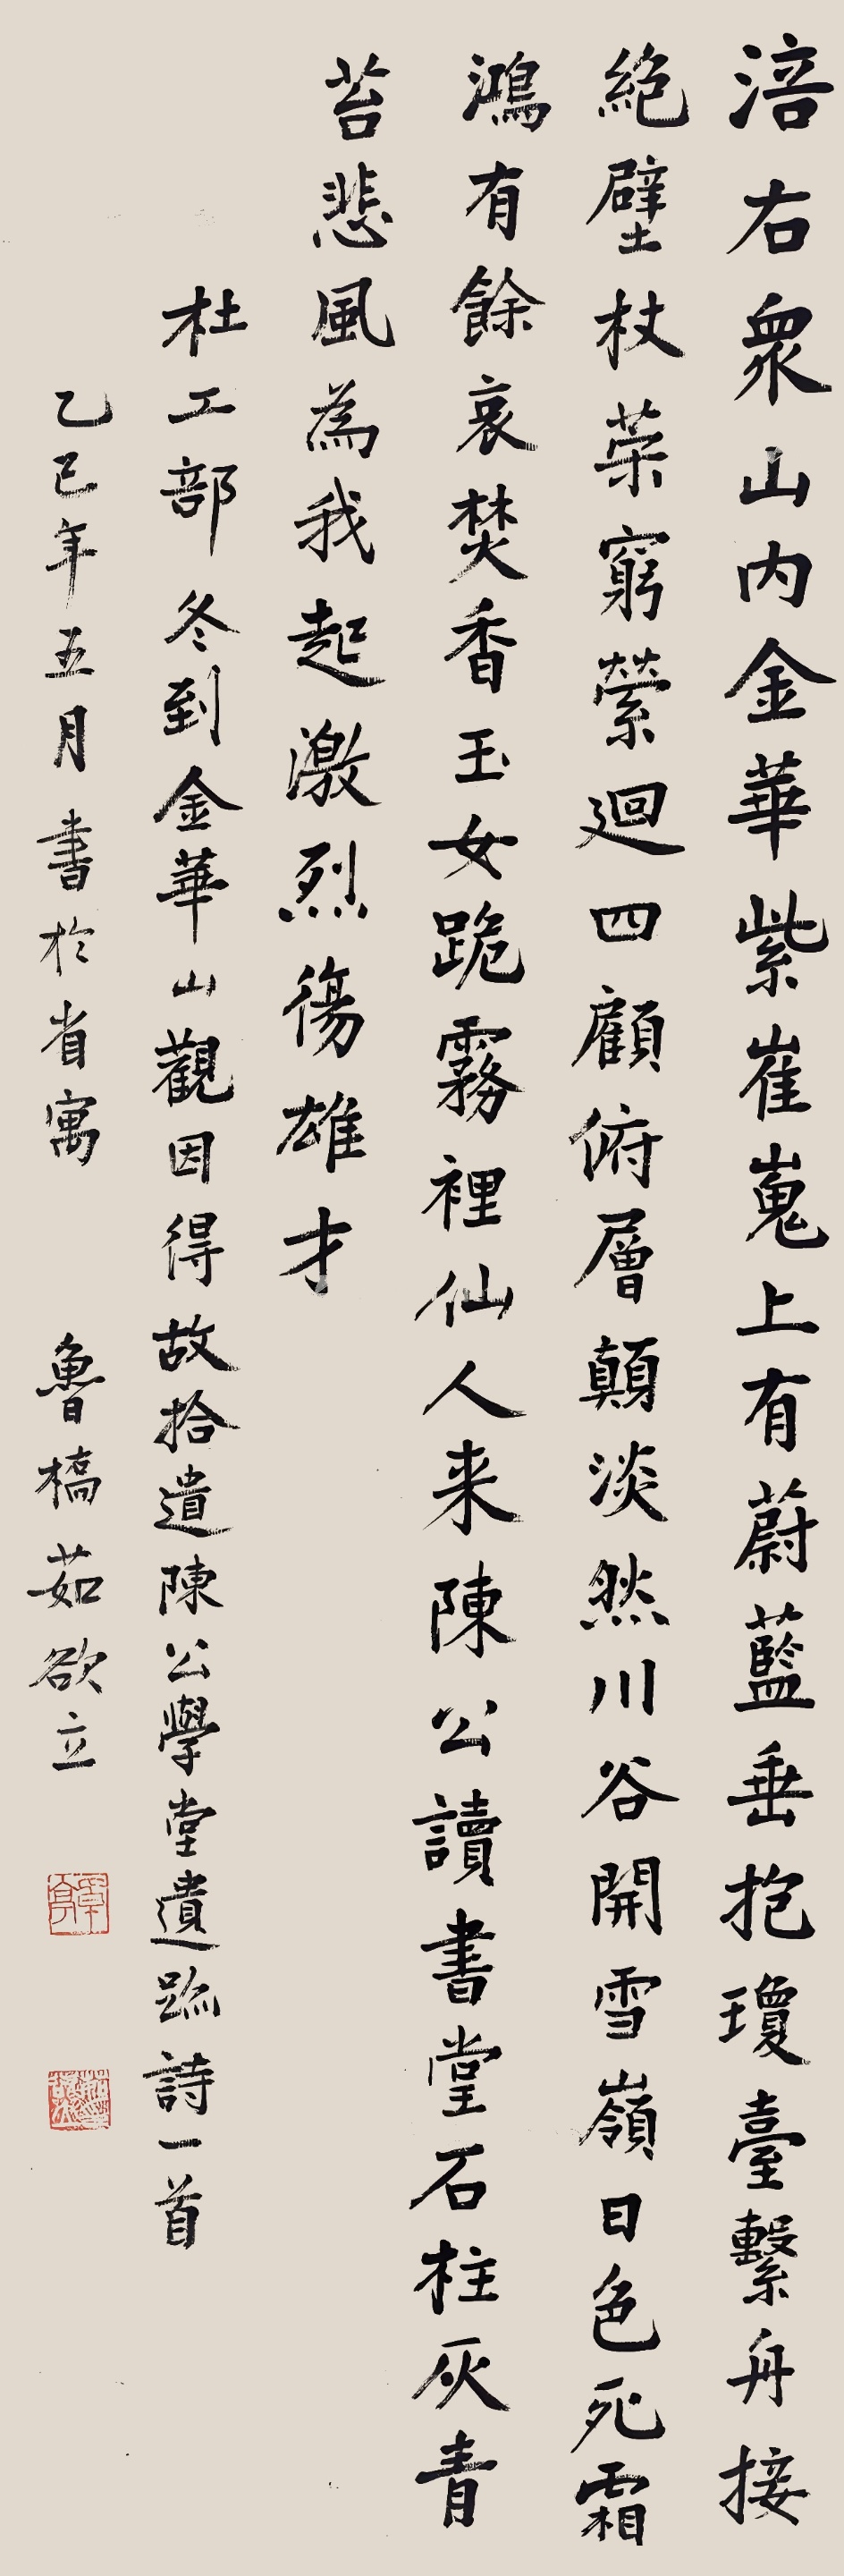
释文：涪右众山内，金华紫崔嵬。上有蔚蓝，垂抱琼台。系舟接绝壁，杖策穷萦回。四顾俯层巅，澹然川谷开。雪岭日色死，霜鸿有馀哀。焚香玉女跪，雾里仙人来。陈公读书堂，石柱仄青苔。悲风为我起，激烈伤雄才。杜工部冬到金华山观，因得故拾遗陈公学堂遗迹诗一首。乙已（1965年）年五月书于省寓，鲁桥茹谷立。